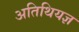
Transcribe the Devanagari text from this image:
अतिथियज्ञ